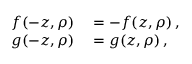
\begin{array} { r l } { f ( - z , \rho ) } & { { } = - f ( z , \rho ) \, , } \\ { g ( - z , \rho ) } & { { } = g ( z , \rho ) \, , } \end{array}